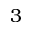
3